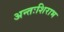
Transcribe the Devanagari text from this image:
अन्तःशिराभ